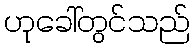
ဟုခေါ်တွင်သည်